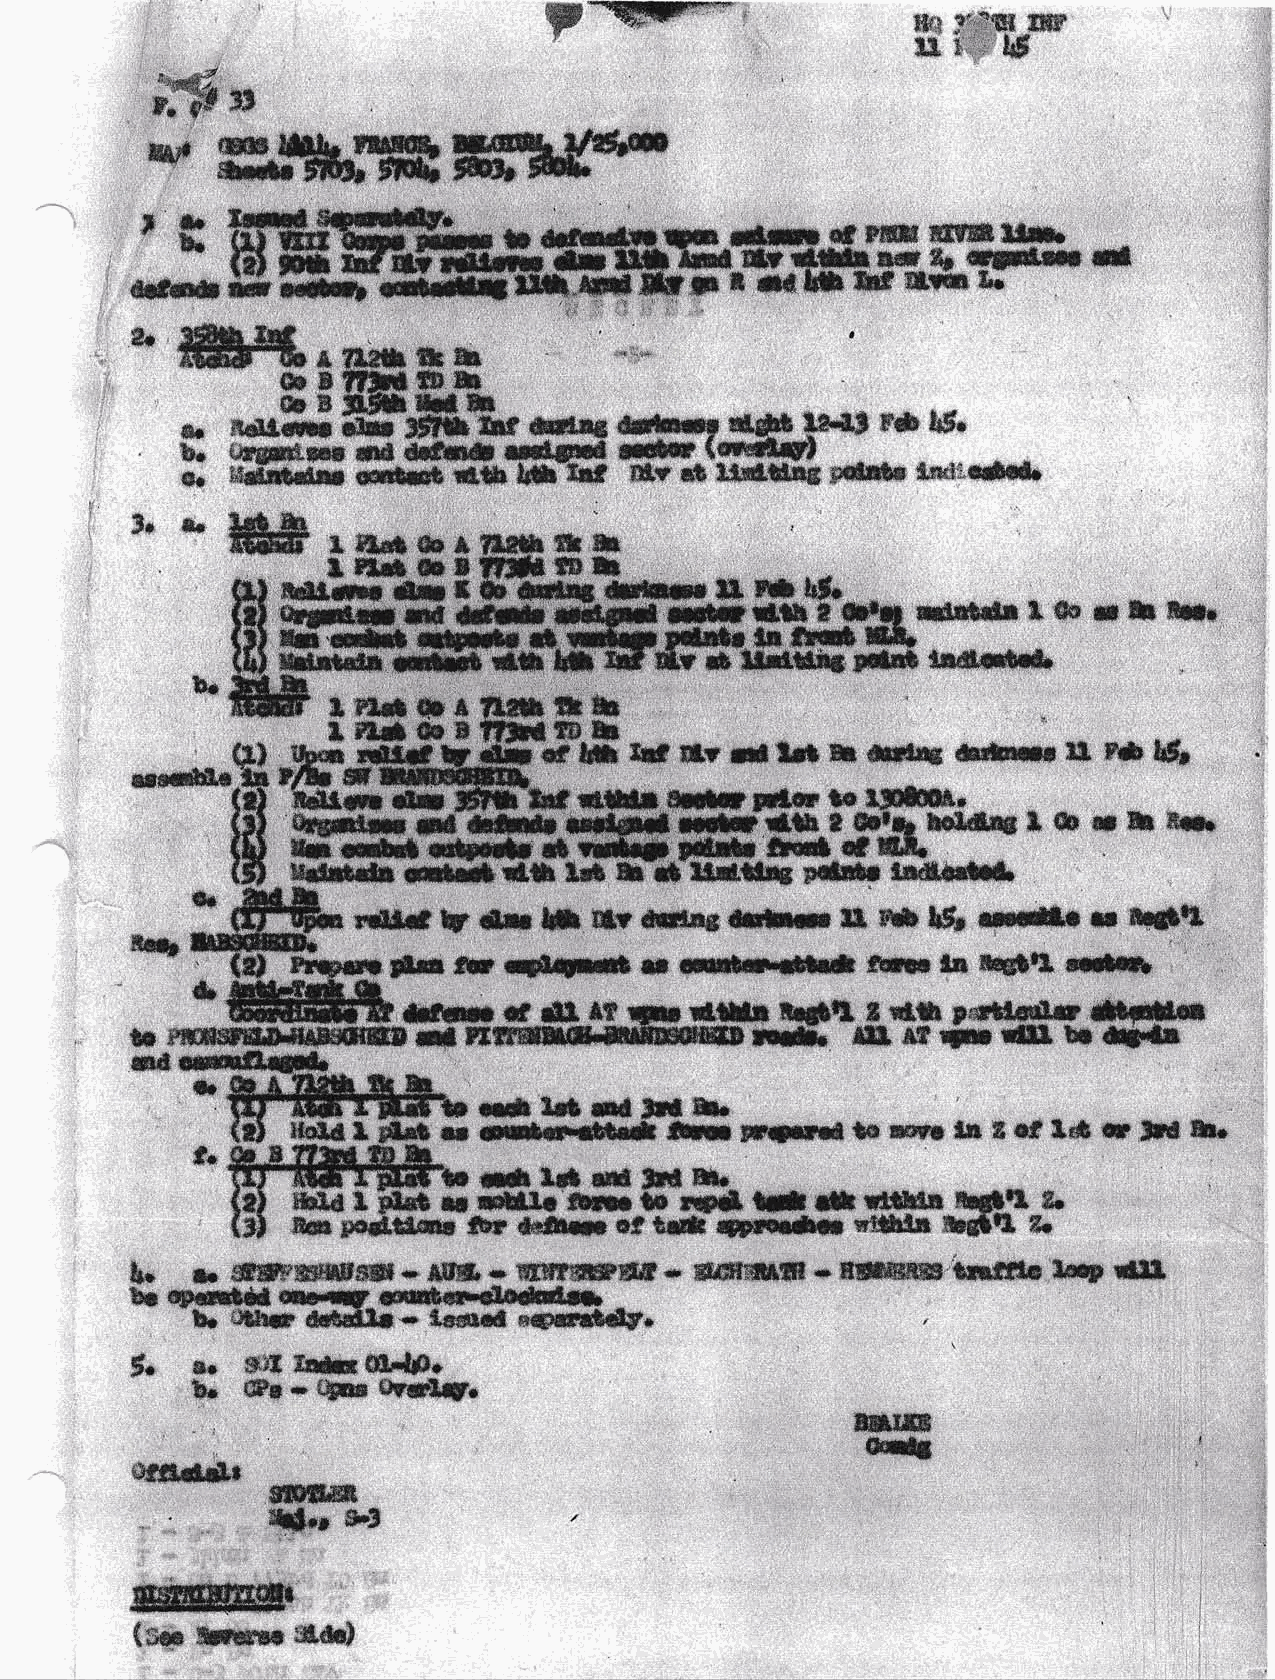
W"ry*'
 ffi
 *si 3t,lw
 t';
 t1   ffi
 e'o,*d##ffiffi
 P,   3#
 ff'$r
 'r s. im6.iEE
 b  $,lffirm                                #.$ffiW*ffi
 *lc  rr                     mA-gr*mBsr      fu C!@ma  lm
 affixtsf{a ffif} i                   g E *l &ffi ffif iltlan I'r
 h
 ffi#%'e?f,sh&nil
 '
 -*ff    ffi&fu
 a@
 e.                     ffis€        dE#       F#  id.
 F.a.s
 -&r ''-.l@Es rtf gthfi *SEEd #     tm*fryI
 *. *is[r,*j*i seeft iEth i*U-gU i$,r d lidtilag aduta tmi;@rtr
 3* ** ffi                   *
 ,n, ffim*,s* $ ffie& fi*
 [$IsSE]:tlliE*t
 {1! frd,!,*r dn f B ffim, d
 #l!#ffia*a  1fts&tur
 Bfrr
 O
 '                   g pda# fadofictr
 b*       t
 ,e       m
 sW,&,'#       *.,fi                          ''      ,
 &                                        M*S       mffi
 t#Wffisril*.  ffiffisffire              -
 ws##
 ils't'e
 l"PEfitE,
 Itnt&sSnrmffiffi&#s#H*M
 frd
 I     aG cE&
 w{ffi**Mffi
 rdid E  d,a Hh tl[r ffias rtntx ff. i* LEr arurnEa rc tueFtl
 5$E trr aE4rsD  ry ffiro.*Ha*   fiilEs frr *aE3tL ffi
 #k    d  dl *f Etrt d,fEs tEEtl A d.fir p*ttmtr #d,s
 l Ga E[ffi             rE*    +ffi *f qnt @ ba rileils
 *
 brx*tSHErttu
 ffiL      tt tr#i&*x.*rffiH* *Hil* ffi*rffif, & w *ffi B # *# # Sre &
 #*
 ffiffiEfp    d16rriGEk
 liqld L i*st s6 reil,lc #E; S $!pd S S *!ffia fiqltqi ii.
 ft@ Fad.8ffia frr **frru af td Wq*m   c?iJ&iJil BEETE A.
 &"  ,m ffiffi-Mffi,**W"* ffiffiffiffio ffiffiffiee'* #ffiW"&ilS##*e hqFp *IS-
 rys#alwr      omtr+,ois#.*
 a+- -bt
 .r$w ffisE.}s- ia#sd -apmnadg.
 .
 $.  e*    Mffic#r
 ffifft
 &i ffi&*Wsqb
 ry*
 WW
 W
 #ffi#dt
 -
 $!:ffiHffi
 ry';
 &"3
 {ffi@6,ffiM